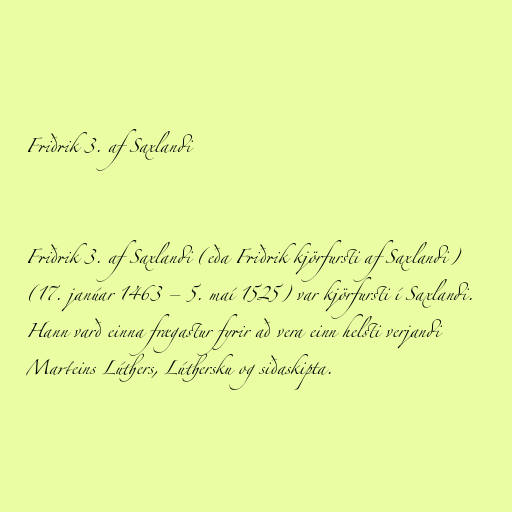
Friðrik 3. af Saxlandi

Friðrik 3. af Saxlandi (eða Friðrik kjörfursti af Saxlandi)
(17. janúar 1463 – 5. maí 1525) var kjörfursti í Saxlandi.
Hann varð einna frægastur fyrir að vera einn helsti verjandi
Marteins Lúthers, Lúthersku og siðaskipta.